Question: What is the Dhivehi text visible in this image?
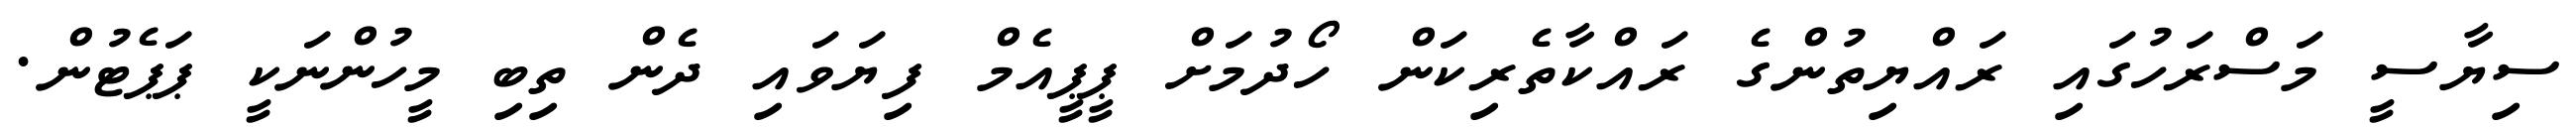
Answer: ސިޔާސީ މަސްރަހުގައި ރައްޔިތުންގެ ރައްކާތެރިކަން ހޯދުމަށް ޕީޕީއެމް ފިޔަވައި ދެން ތިބި މީހުންނަކީ ޕަޕެޓުން.